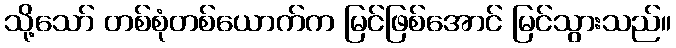
သို့သော် တစ်စုံတစ်ယောက်က မြင်ဖြစ်အောင် မြင်သွားသည်။